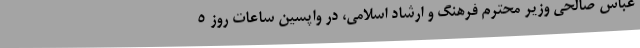
عباس صالحی وزیر محترم فرهنگ و ارشاد اسلامی، در واپسین ساعات روز ۵